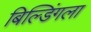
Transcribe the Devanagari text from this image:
बिल्डिंगला